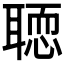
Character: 𦗂